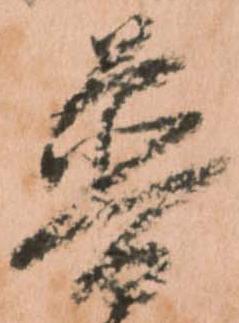
普